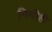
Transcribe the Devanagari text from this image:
निधीही